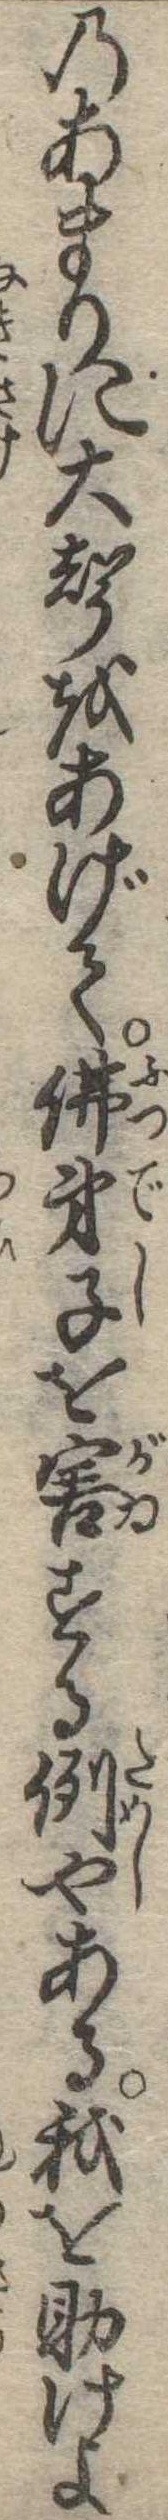
のあまりに大声をあげて仏弟子を害する例やある我を助けよ